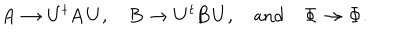
\mathbf { A } \to \mathbf { U } ^ { t } \mathbf { A } \mathbf { U } , \quad \mathbf { B } \to \mathbf { U } ^ { t } \mathbf { B } \mathbf { U } , \quad \textrm { a n d } \quad \mathbf { \Phi } \to \mathbf { \Phi } .